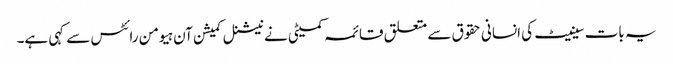
یہ بات سینیٹ کی انسانی حقوق سے متعلق قائمہ کمیٹی نے نیشنل کمیشن آن ہیومن رائٹس سے کہی ہے۔